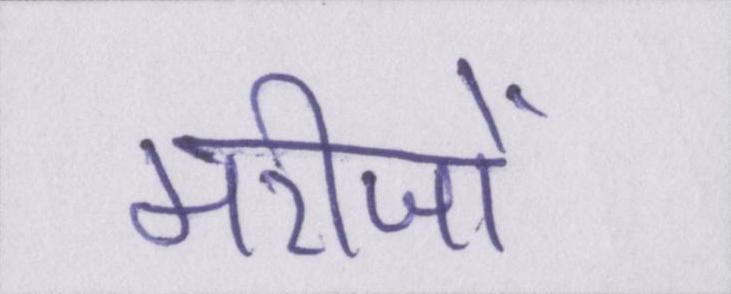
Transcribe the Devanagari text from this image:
मरीजों